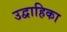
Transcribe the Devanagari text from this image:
उद्वाहिका